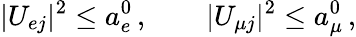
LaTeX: |U_{{e}j}|^{2}\leq a_{e}^{0}\, ,\qquad|U_{{\mu}j}|^{2}\leq a_{\mu}^{0}\, ,